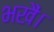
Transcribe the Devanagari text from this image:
भखैं।